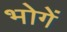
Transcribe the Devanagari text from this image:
भोगें